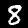
Digit: 8